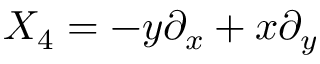
X _ { 4 } = - y \partial _ { x } + x \partial _ { y }